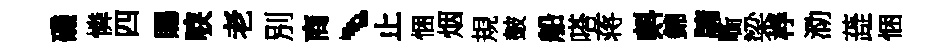
磯憐四賜唳老別商、止悃烟規皷船嗒蒋㪺錦牗㗸梁桴泐蕋悃